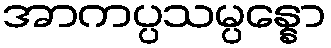
အာကပ္ပသမ္ပန္နော